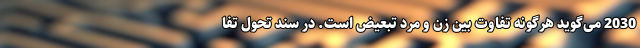
2030 می‌گوید هرگونه تفاوت بین زن و مرد تبعیض است. در سند تحول تفا